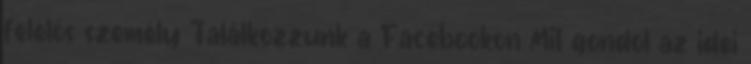
felelős személy Találkozzunk a Facebookon Mit gondol az idei